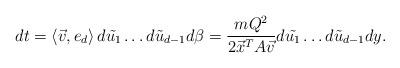
LaTeX: \begin{align*}dt=\left<\vec{v},e_d\right>d\tilde{u_1}\dots d\tilde{u}_{d-1}d\beta =\frac{mQ^2}{2\vec{x}^TA\vec{v}} d\tilde{u_1}\dots d\tilde{u}_{d-1} dy.\end{align*}